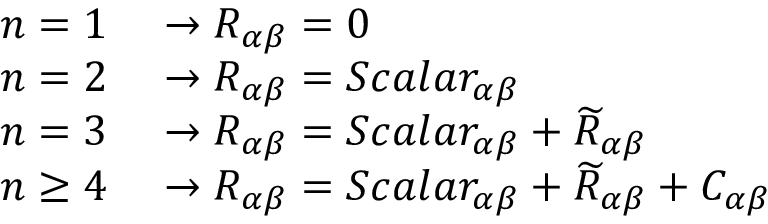
\begin{array} { r l } { n = 1 } & { { } \rightarrow R _ { \alpha \beta } = 0 } \\ { n = 2 } & { { } \rightarrow R _ { \alpha \beta } = S c a l a r _ { \alpha \beta } } \\ { n = 3 } & { { } \rightarrow R _ { \alpha \beta } = S c a l a r _ { \alpha \beta } + \widetilde { R } _ { \alpha \beta } } \\ { n \geq 4 } & { { } \rightarrow R _ { \alpha \beta } = S c a l a r _ { \alpha \beta } + \widetilde { R } _ { \alpha \beta } + C _ { \alpha \beta } } \end{array}